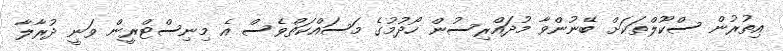
އިތުރުން ސްކޫލްތަކަށް ބޭނުންވާ މުދައްރިސުން ހޯދުމުގެ މަސައްކަތްވެސް އެ މިނިސްޓްރީން ވަނީ ދުރާލާ